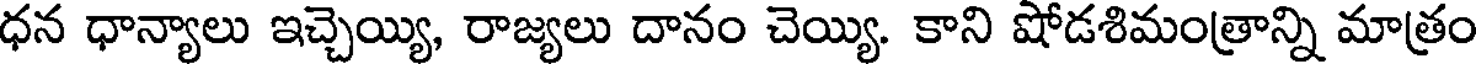
ధన ధాన్యాలు ఇచ్చెయ్యి, రాజ్యలు దానం చెయ్యి. కాని షోడశిమంత్రాన్ని మాత్రం